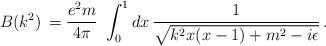
LaTeX: \begin{align*}B(k^2)\,=\frac{e^2 m}{4 \pi}\,\,\int_{0}^{1} dx \,\frac{1}{\sqrt{k^2x (x-1)+m^2-i\epsilon}}\, .\end{align*}